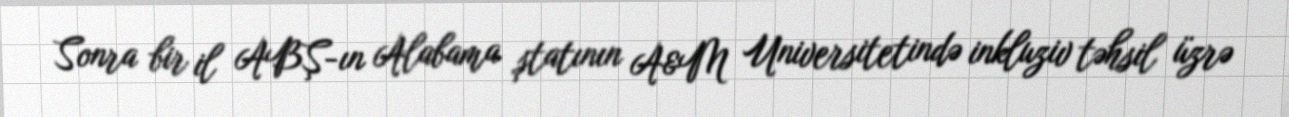
Sonra bir il ABŞ-ın Alabama ştatının A&M Universitetində inkluziv təhsil üzrə